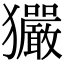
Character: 玁